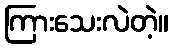
ကြားသေးလဲတဲ့။